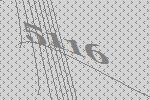
5116